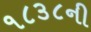
૧૮૩૮ની